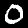
Label: 0